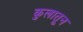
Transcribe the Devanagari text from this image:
कुलातून